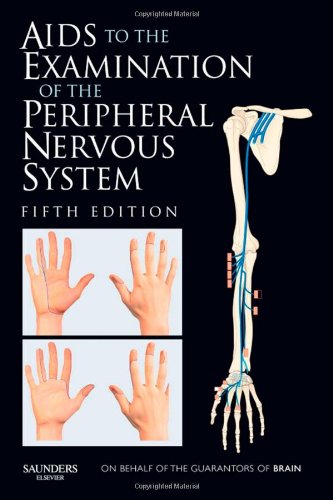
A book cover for Aids to the Examination of the Peripheral Nervous System, 5e; Michael O'Brien MD  FRCP; Medical Books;